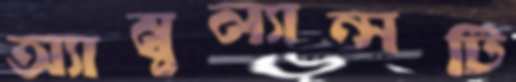
অ্যাম্বুল্যান্সটি